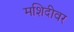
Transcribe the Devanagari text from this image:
मशिदीवर